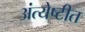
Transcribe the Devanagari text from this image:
अंत्येष्टीत